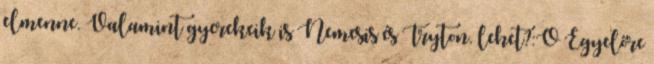
elmenne. Valamint gyerekeik is Nemesis és Tryton. lehet?:O Egyelőre